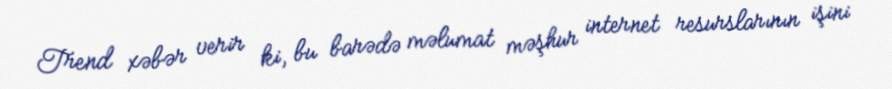
Trend xəbər verir ki, bu barədə məlumat məşhur internet resurslarının işini